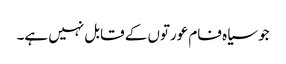
جو سیاہ فام عورتوں کے قابل نہیں ہے۔